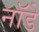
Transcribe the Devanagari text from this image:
नॉडे